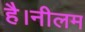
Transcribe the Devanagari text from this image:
है।नीलम